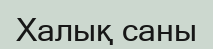
Халық саны